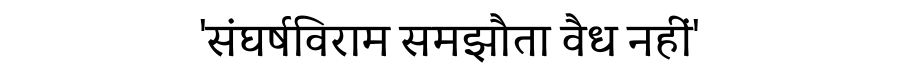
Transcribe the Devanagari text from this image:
'संघर्षविराम समझौता वैध नहीं'